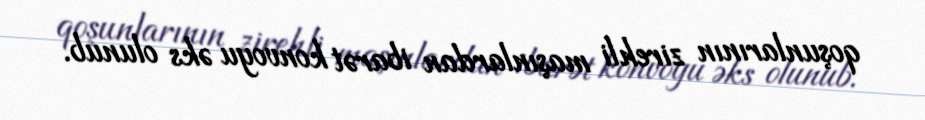
qoşunlarının zirehli maşınlardan ibarət konvoyu əks olunub.